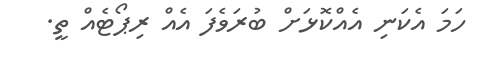
ހަމަ އެކަނި އެއްކޮޅަށް ބުރަވެފަ އެއް ރިޕޯޓެއް ތީ.